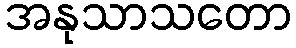
အနုသာသတော